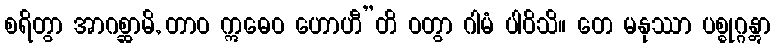
စရိတွာ အာဂစ္ဆာမိ, တာဝ ဣဓေဝ ဟောဟီ”တိ ဝတွာ ဂါမံ ပါဝိသိ။ တေ မနုဿာ ပစ္စုဂ္ဂန္တွာ